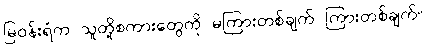
မြဝန်းရံက သူတို့စကားတွေကို မကြားတစ်ချက် ကြားတစ်ချက်။